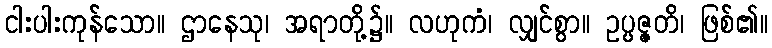
ငါးပါးကုန်သော။ ဌာနေသု၊ အရာတို့၌။ လဟုကံ၊ လျှင်စွာ။ ဥပ္ပဇ္ဇတိ၊ ဖြစ်၏။